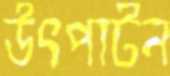
উৎপাটন